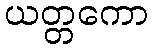
ယတ္တကော